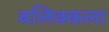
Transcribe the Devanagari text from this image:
बलिक्कला